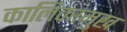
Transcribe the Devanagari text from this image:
कालिकामुख